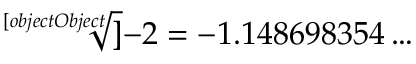
{ \sqrt [ [object Object] ] { - 2 } } = - 1 . 1 4 8 6 9 8 3 5 4 \ldots